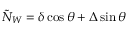
\tilde { N } _ { W } = \delta \cos \theta + \Delta \sin \theta